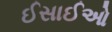
ઈસાઈઓ